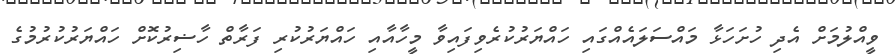
ވީއްލުމަށް އެދި ހުށަހަޅާ މައްސަލައެއްގައި ހައްޔަރުކުރެވިފައިވާ މީހާއާއި ހައްޔަރުކުރި ފަރާތް ހާޟިރުކޮށް ހައްޔަރުކުރުމުގެ